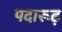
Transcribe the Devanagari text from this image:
पदारूढ़